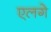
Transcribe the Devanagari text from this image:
एलगे